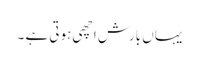
یہاں بارش اچھی ہوتی ہے ۔